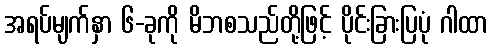
အရပ်မျက်နှာ ၆-ခုကို မိဘစသည်တို့ဖြင့် ပိုင်းခြားပြပုံ ဂါထာ